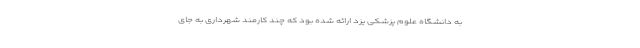
به دانشگاه علوم پزشکی یزد ارائه شده بود که چند کارمند شهرداری به جای